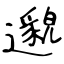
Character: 邈